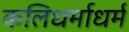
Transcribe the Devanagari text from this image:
कलिधर्माधर्म